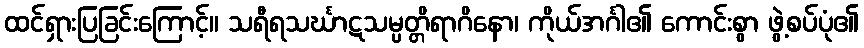
ထင်ရှားပြခြင်းကြောင့်။ သရီရသင်္ဃာဋသမ္ပတ္တိရာဂိနော၊ ကိုယ်အင်္ဂါ၏ ကောင်းစွာ ဖွဲ့စပ်ပုံ၏